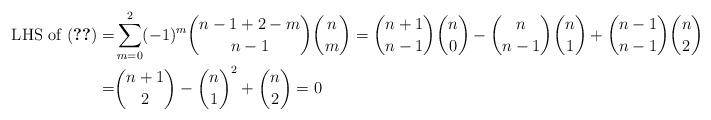
\begin{align*} \text{ LHS of (\ref{eqn:final})} =& \sum_{m=0}^2 (-1)^m \binom{n-1 + 2-m}{n-1} \binom{n}{m} = \binom{n+1}{n-1} \binom{n}{0} - \binom{n}{n-1} \binom{n}{1} + \binom{n-1}{n-1} \binom{n}{2} \\ = & \binom{n+1}{2} - \binom{n}{1}^2 + \binom{n}{2} = 0 \end{align*}